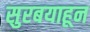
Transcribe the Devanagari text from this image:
सुरबयाहून